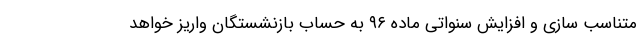
متناسب سازی و افزایش سنواتی ماده ۹۶ به حساب بازنشستگان واریز خواهد